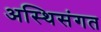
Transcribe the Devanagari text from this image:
अस्थिसंगत